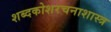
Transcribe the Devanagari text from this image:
शब्दकोशरचनाशास्त्र